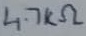
Text: 4.7KΩ